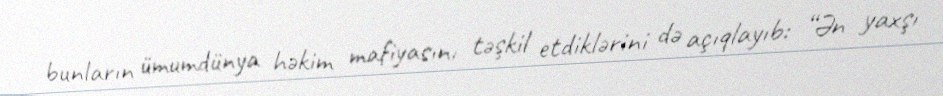
bunların ümumdünya həkim mafiyasını təşkil etdiklərini də açıqlayıb: “Ən yaxşı